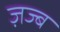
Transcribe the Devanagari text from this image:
ज़ज्ब